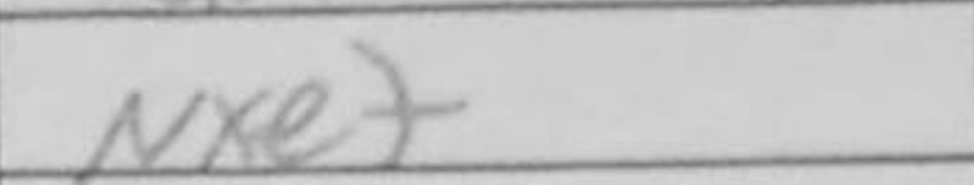
Transcription: Nxe7